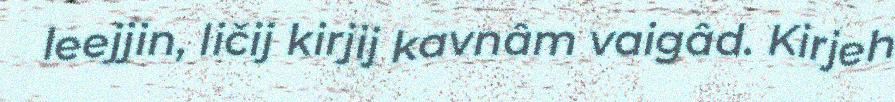
leejjin, ličij kirjij kavnâm vaigâd. Kirjeh